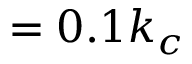
= 0 . 1 k _ { c }